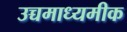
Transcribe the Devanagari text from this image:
उच्चमाध्यमीक